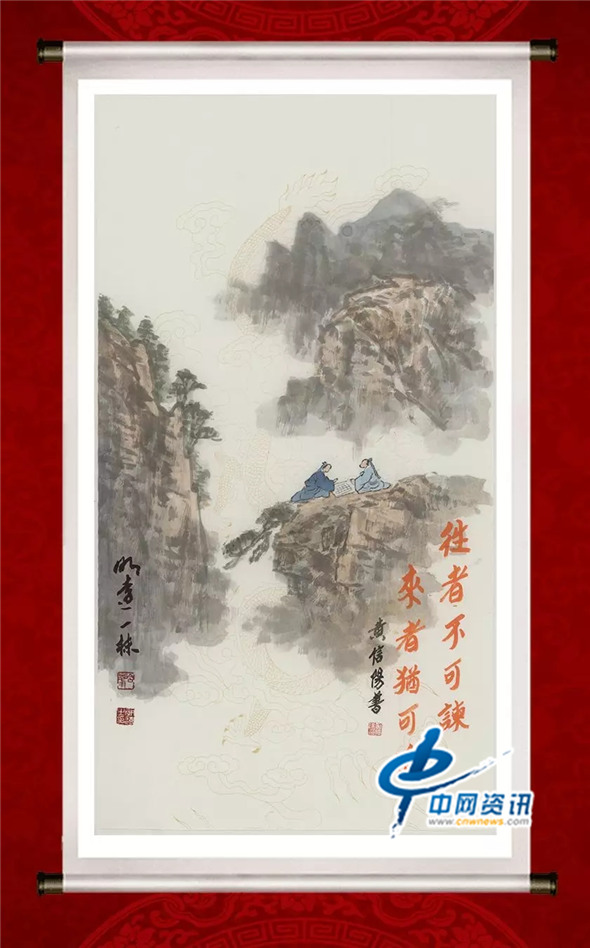
往者不可谏，来者犹可追。